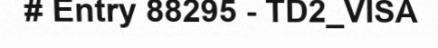
# Entry 88295 - TD2_VISA